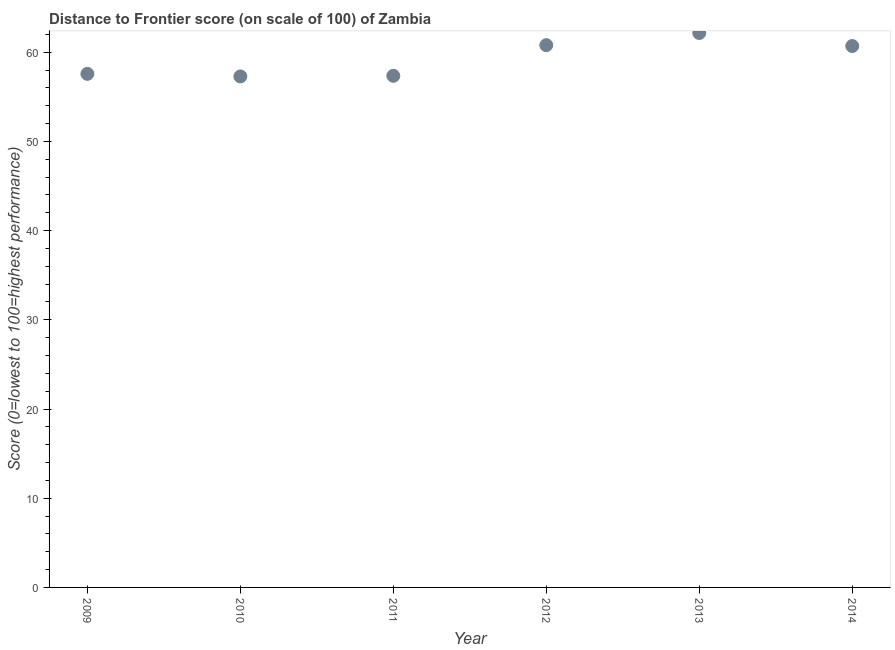
| Year | Distance to frontier score |
 | --- | --- |
 | 2009 | 57.6 |
 | 2010 | 57.3 |
 | 2011 | 57.4 |
 | 2012 | 60.8 |
 | 2013 | 62.1 |
 | 2014 | 60.7 |